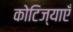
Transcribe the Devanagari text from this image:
कोटिज्याएँ